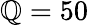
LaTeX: \mathbb{Q}=50